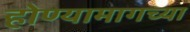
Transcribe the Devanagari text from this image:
होण्यामागच्या